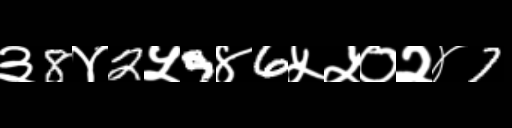
Text: ३8४2५9४6५५०२४7